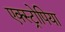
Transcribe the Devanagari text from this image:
एक्स्ट्रोपिया